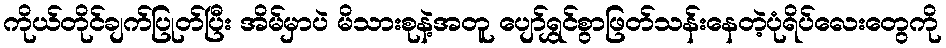
ကိုယ်တိုင်ချက်ပြုတ်ပြီး အိမ်မှာပဲ မိသားစုနဲ့အတူ ပျော်ရွှင်စွာဖြတ်သန်းနေတဲ့ပုံရိပ်လေးတွေကို